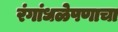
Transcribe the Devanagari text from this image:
रंगांधळेपणाचा